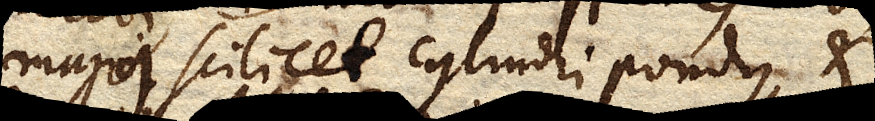
majus scilicet cylindri pondus, et